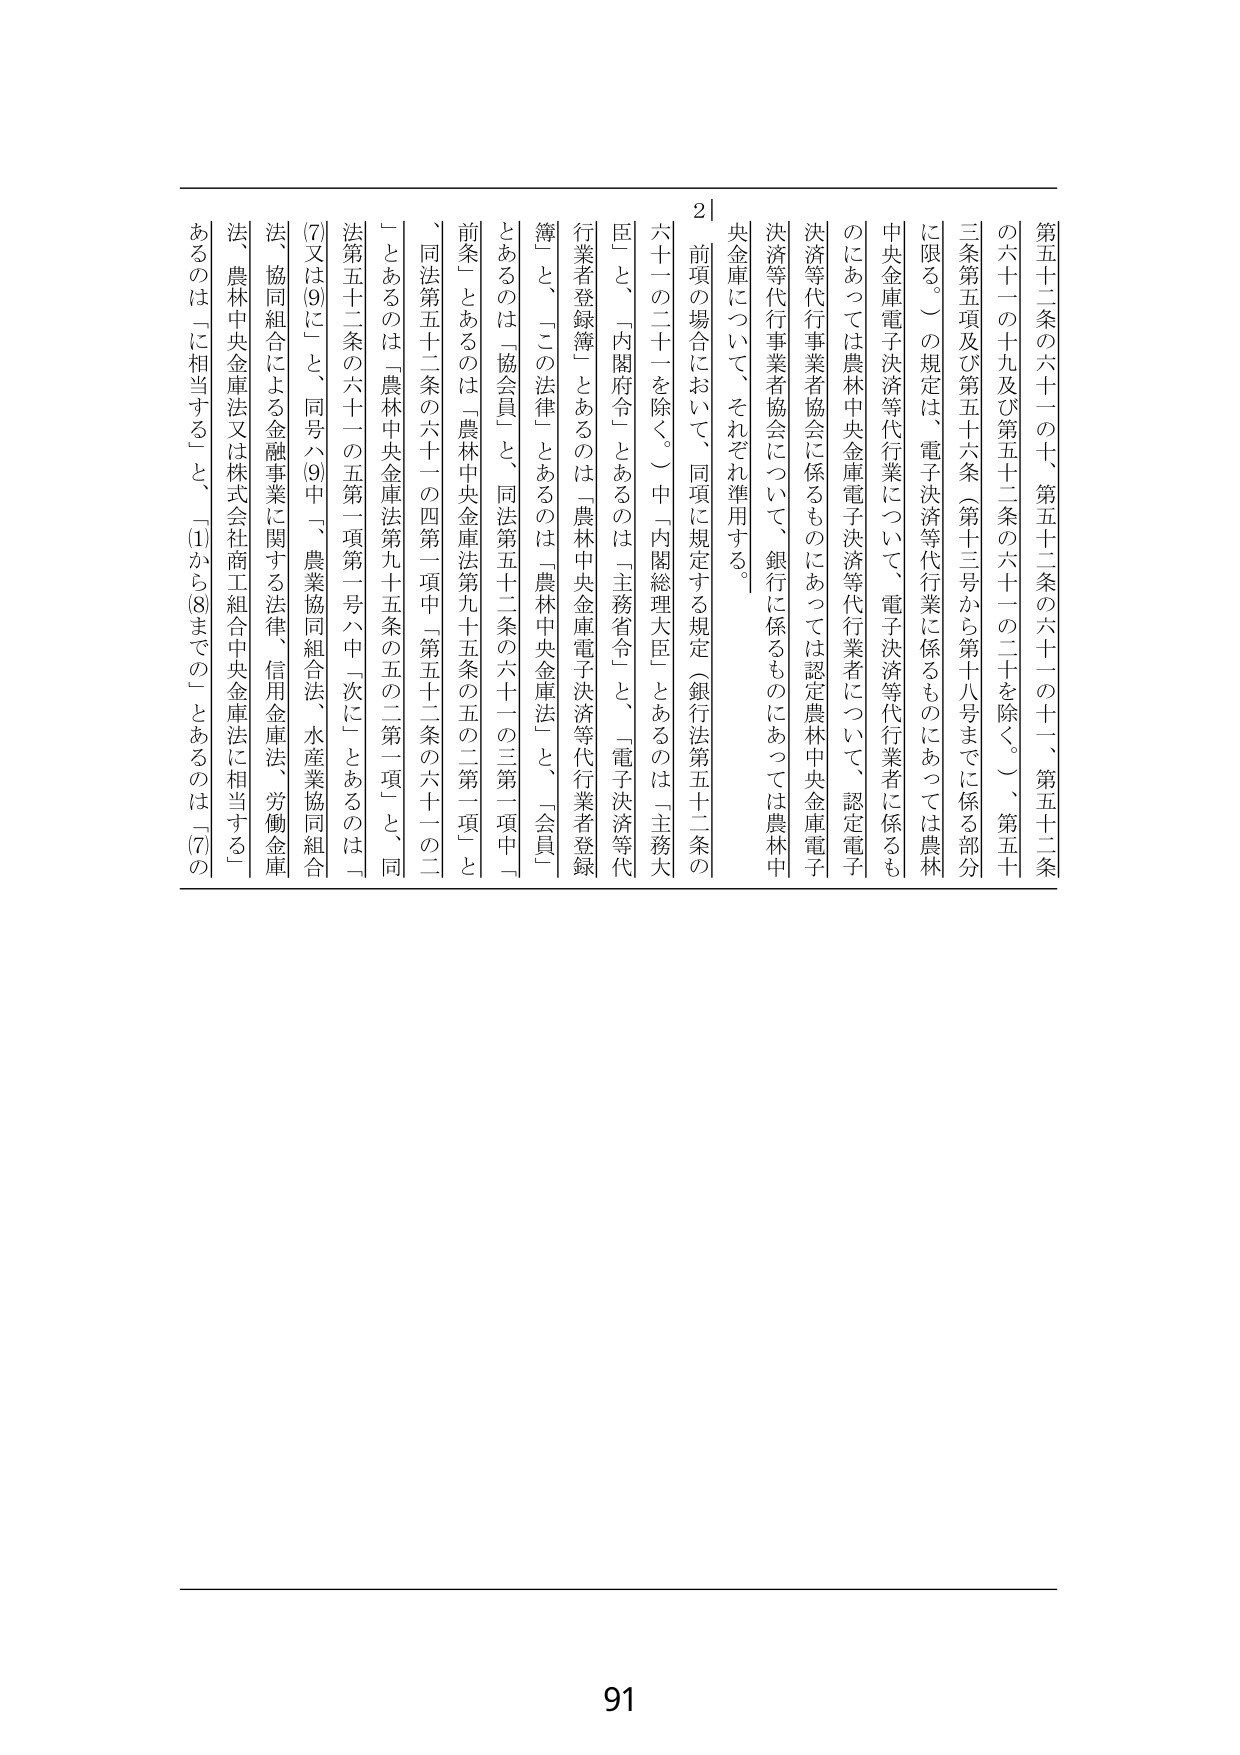
第五十二条の六十一の十、第五十二条の六十一の十一、第五十二条の六十一の十九及び第五十二条の六十一の二十を除く。）、第五十三条第五項及び第五十六条（第十三号から第十八号までに係る部分に限る。）の規定は、電子決済等代行業に係るものにあっては農林中央金庫電子決済等代行業について、電子決済等代行業者に係るものにあっては農林中央金庫電子決済等代行業者について、認定電子決済等代行業者協会に係るものにあっては認定農林中央金庫電子決済等代行業者協会について、銀行に係るものにあっては農林中央金庫について、それぞれ準用する。

２ 前項の場合において、同項に規定する規定（銀行法第五十二条の六十一の二十を除く。）中「内閣総理大臣」とあるのは「主務大臣」と、「内閣府令」とあるのは「主務省令」と、「電子決済等代行業者登録簿」とあるのは「農林中央金庫電子決済等代行業者登録簿」と、「この法律」とあるのは「農林中央金庫法」と、「会員」とあるのは「協会員」と、同法第五十二条の六十一の三第一項中「前条」とあるのは「農林中央金庫法第九十五条の五の二第一項」と、「同法第五十二条の六十一の四第一項中「第五十二条の六十一の二」とあるのは「農林中央金庫法第九十五条の五の二第一項」と、同法第五十二条の六十一の五第二項第一号ハ中「次に」とあるのは「(7)又は(9)に」と、同号ハ(9)中「、農業協同組合法、水産業協同組合法、協同組合による金融事業に関する法律、信用金庫法、労働金庫法、農林中央金庫法又は株式会社商工組合中央金庫法に相当する」とあるのは「に相当する」と、「(1)から(8)までの」とあるのは「(7)の